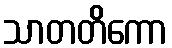
သာတတိကော